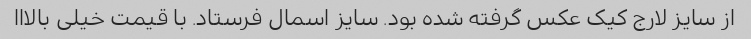
از سایز لارج کیک عکس گرفته شده بود. سایز اسمال فرستاد. با قیمت خیلی بالااا